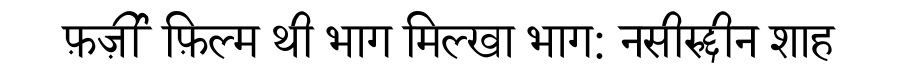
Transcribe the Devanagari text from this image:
फ़र्ज़ी फ़िल्म थी भाग मिल्खा भाग: नसीरुद्दीन शाह